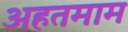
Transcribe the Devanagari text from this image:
अहतमाम